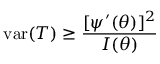
\operatorname { v a r } ( T ) \geq { \frac { [ \psi ^ { \prime } ( \theta ) ] ^ { 2 } } { I ( \theta ) } }